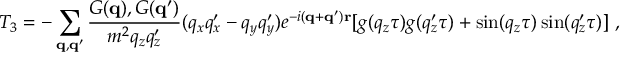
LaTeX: T _ { 3 } = - \sum _ { \bf { q } , \bf { q } ^ { \prime } } \frac { G ( { \bf { q } } ) , G ( { \bf { q } } ^ { \prime } ) } { m ^ { 2 } q _ { z } q _ { z } ^ { \prime } } ( q _ { x } q _ { x } ^ { \prime } - q _ { y } q _ { y } ^ { \prime } ) e ^ { - i ( { \bf { q } } + { \bf { q } } ^ { \prime } ) { \bf { r } } } [ g ( q _ { z } \tau ) g ( q _ { z } ^ { \prime } \tau ) + \sin ( q _ { z } \tau ) \sin ( q _ { z } ^ { \prime } \tau ) ] \mathrm { ~ , }